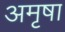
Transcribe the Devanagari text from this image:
अमृषा